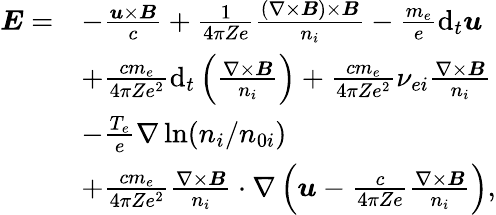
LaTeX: \begin{array}{rl}{\boldsymbol{E}=}&{-\frac{\boldsymbol{u}\times\boldsymbol{B}}{c}+\frac{1}{4\pi Ze}\frac{(\nabla\times\boldsymbol{B})\times\boldsymbol{B}}{n_{i}}-\frac{m_{e}}{e}\mathrm{d}_{t}\boldsymbol{u}}\\ &{+\frac{cm_{e}}{4\pi Ze^{2}}\mathrm{d}_{t}\left(\frac{\nabla\times\boldsymbol{B}}{n_{i}}\right)+\frac{cm_{e}}{4\pi Ze^{2}}\nu_{ei}\frac{\nabla\times\boldsymbol{B}}{n_{i}}}\\ &{-\frac{T_{e}}{e}\nabla\ln(n_{i}/n_{0i})}\\ &{+\frac{cm_{e}}{4\pi Ze^{2}}\frac{\nabla\times\boldsymbol{B}}{n_{i}}\cdot\nabla\left(\boldsymbol{u}-\frac{c}{4\pi Ze}\frac{\nabla\times\boldsymbol{B}}{n_{i}}\right),}\end{array}